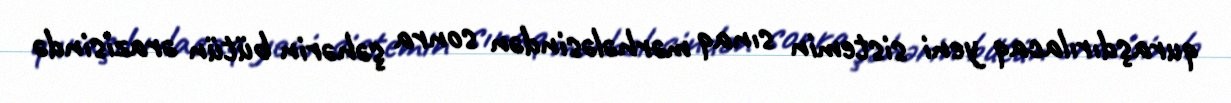
quraşdırılacaq yeni sistemin sınaq mərhələsindən sonra şəhərin bütün ərazisində